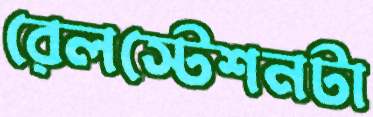
রেলস্টেশনটা